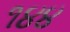
૧૪૪